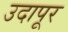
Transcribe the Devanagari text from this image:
उदापूर